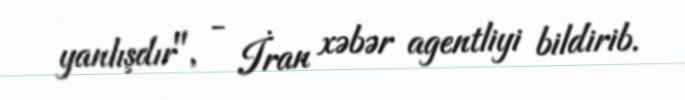
yanlışdır", - İran xəbər agentliyi bildirib.